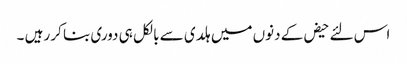
اس لئے حیض کے دنوں میں ہلدی سے بالکل ہی دوری بنا کر رہیں ۔